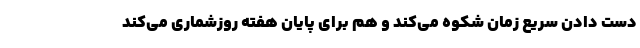
دست دادن سریع زمان شِکوه می‌کند و هم برای پایان هفته روزشماری می‌کند